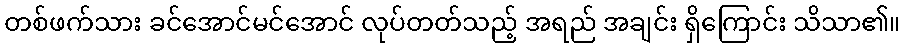
တစ်ဖက်သား ခင်အောင်မင်အောင် လုပ်တတ်သည့် အရည် အချင်း ရှိကြောင်း သိသာ၏။